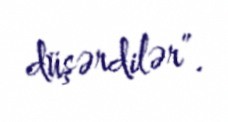
düşərdilər”.